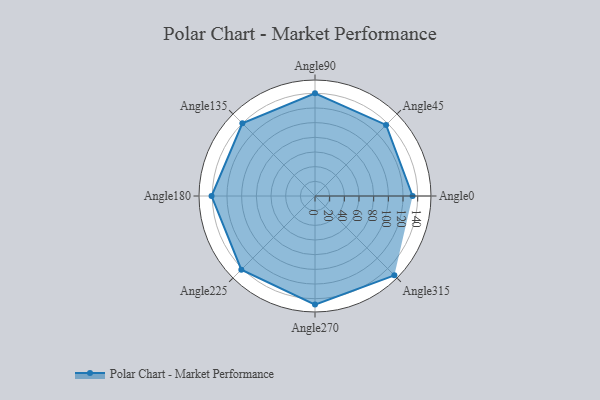
{"axis": {"x": "Angle", "y": "Radius"}, "legend": [""], "data": [{"x": "Angle0", "y": 133.0, "type": ""}, {"x": "Angle45", "y": 137.0, "type": ""}, {"x": "Angle90", "y": 140.0, "type": ""}, {"x": "Angle135", "y": 140.0, "type": ""}, {"x": "Angle180", "y": 141.0, "type": ""}, {"x": "Angle225", "y": 142.0, "type": ""}, {"x": "Angle270", "y": 148.0, "type": ""}, {"x": "Angle315", "y": 153.0, "type": ""}]}